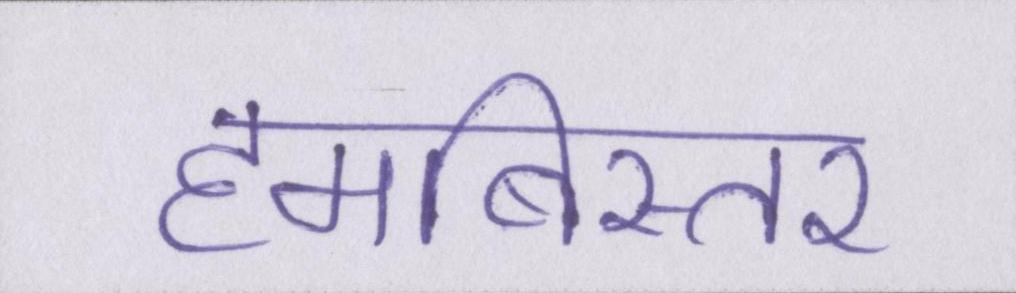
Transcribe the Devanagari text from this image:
हमबिस्तर